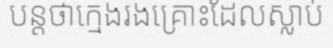
បន្តថាក្មេងរងគ្រោះដែលស្លាប់